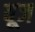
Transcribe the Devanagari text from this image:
वूज